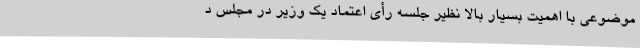
موضوعی با اهمیت بسیار بالا نظیر جلسه رأی اعتماد یک وزیر در مجلس د